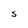
Character: S